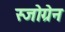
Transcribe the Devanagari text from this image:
स्जोग्रेन